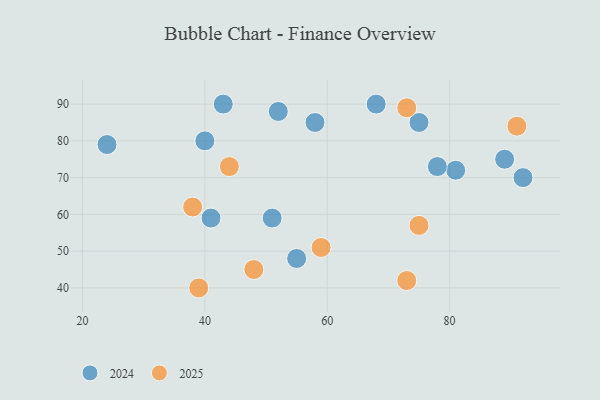
{"axis": {"x": "GDP", "y": "Life Expectancy"}, "legend": ["2024", "2025"], "data": [{"x": "75", "y": 57, "type": "2025"}, {"x": "59", "y": 51, "type": "2025"}, {"x": "38", "y": 62, "type": "2025"}, {"x": "39", "y": 40, "type": "2025"}, {"x": "73", "y": 42, "type": "2025"}, {"x": "73", "y": 89, "type": "2025"}, {"x": "44", "y": 73, "type": "2025"}, {"x": "48", "y": 45, "type": "2025"}, {"x": "91", "y": 84, "type": "2025"}, {"x": "51", "y": 59, "type": "2024"}, {"x": "75", "y": 85, "type": "2024"}, {"x": "24", "y": 79, "type": "2024"}, {"x": "52", "y": 88, "type": "2024"}, {"x": "55", "y": 48, "type": "2024"}, {"x": "40", "y": 80, "type": "2024"}, {"x": "81", "y": 72, "type": "2024"}, {"x": "43", "y": 90, "type": "2024"}, {"x": "68", "y": 90, "type": "2024"}, {"x": "78", "y": 73, "type": "2024"}, {"x": "41", "y": 59, "type": "2024"}, {"x": "92", "y": 70, "type": "2024"}, {"x": "58", "y": 85, "type": "2024"}, {"x": "89", "y": 75, "type": "2024"}]}